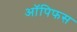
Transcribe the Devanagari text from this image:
ऑपिफस